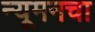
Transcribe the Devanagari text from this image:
न्यूमनचा